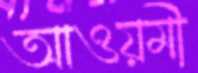
আওয়মী